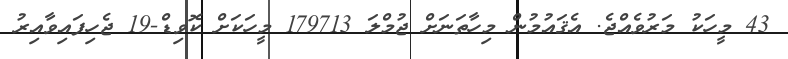
43 މީހަކު މަރުވެއްޖެ. އެޤައުމުން މިހާތަނަށް ޖުމްލަ 179713 މީހަކަށް ކޮވިޑް-19 ޖެހިފައިވާއިރު